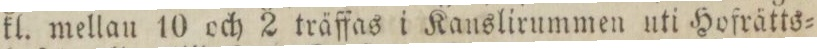
kl. mellan 10 och 2 träffas i Kanslirummen uti Hofrätts=